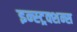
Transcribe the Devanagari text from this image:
इन्स्ट्रक्शन्स